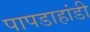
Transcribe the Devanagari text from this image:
पापडाहांडी